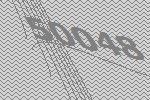
50048